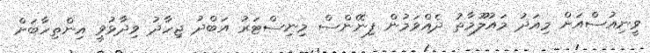
ވީނިއުސްއަށް މިއަދު މައުލޫމާތު ދެއްވަމުން ފިނޭންސް މިނިސްޓަރު އަބްދު ޖިހާދު ވިދާޅުވީ އިންތިހާބަށް